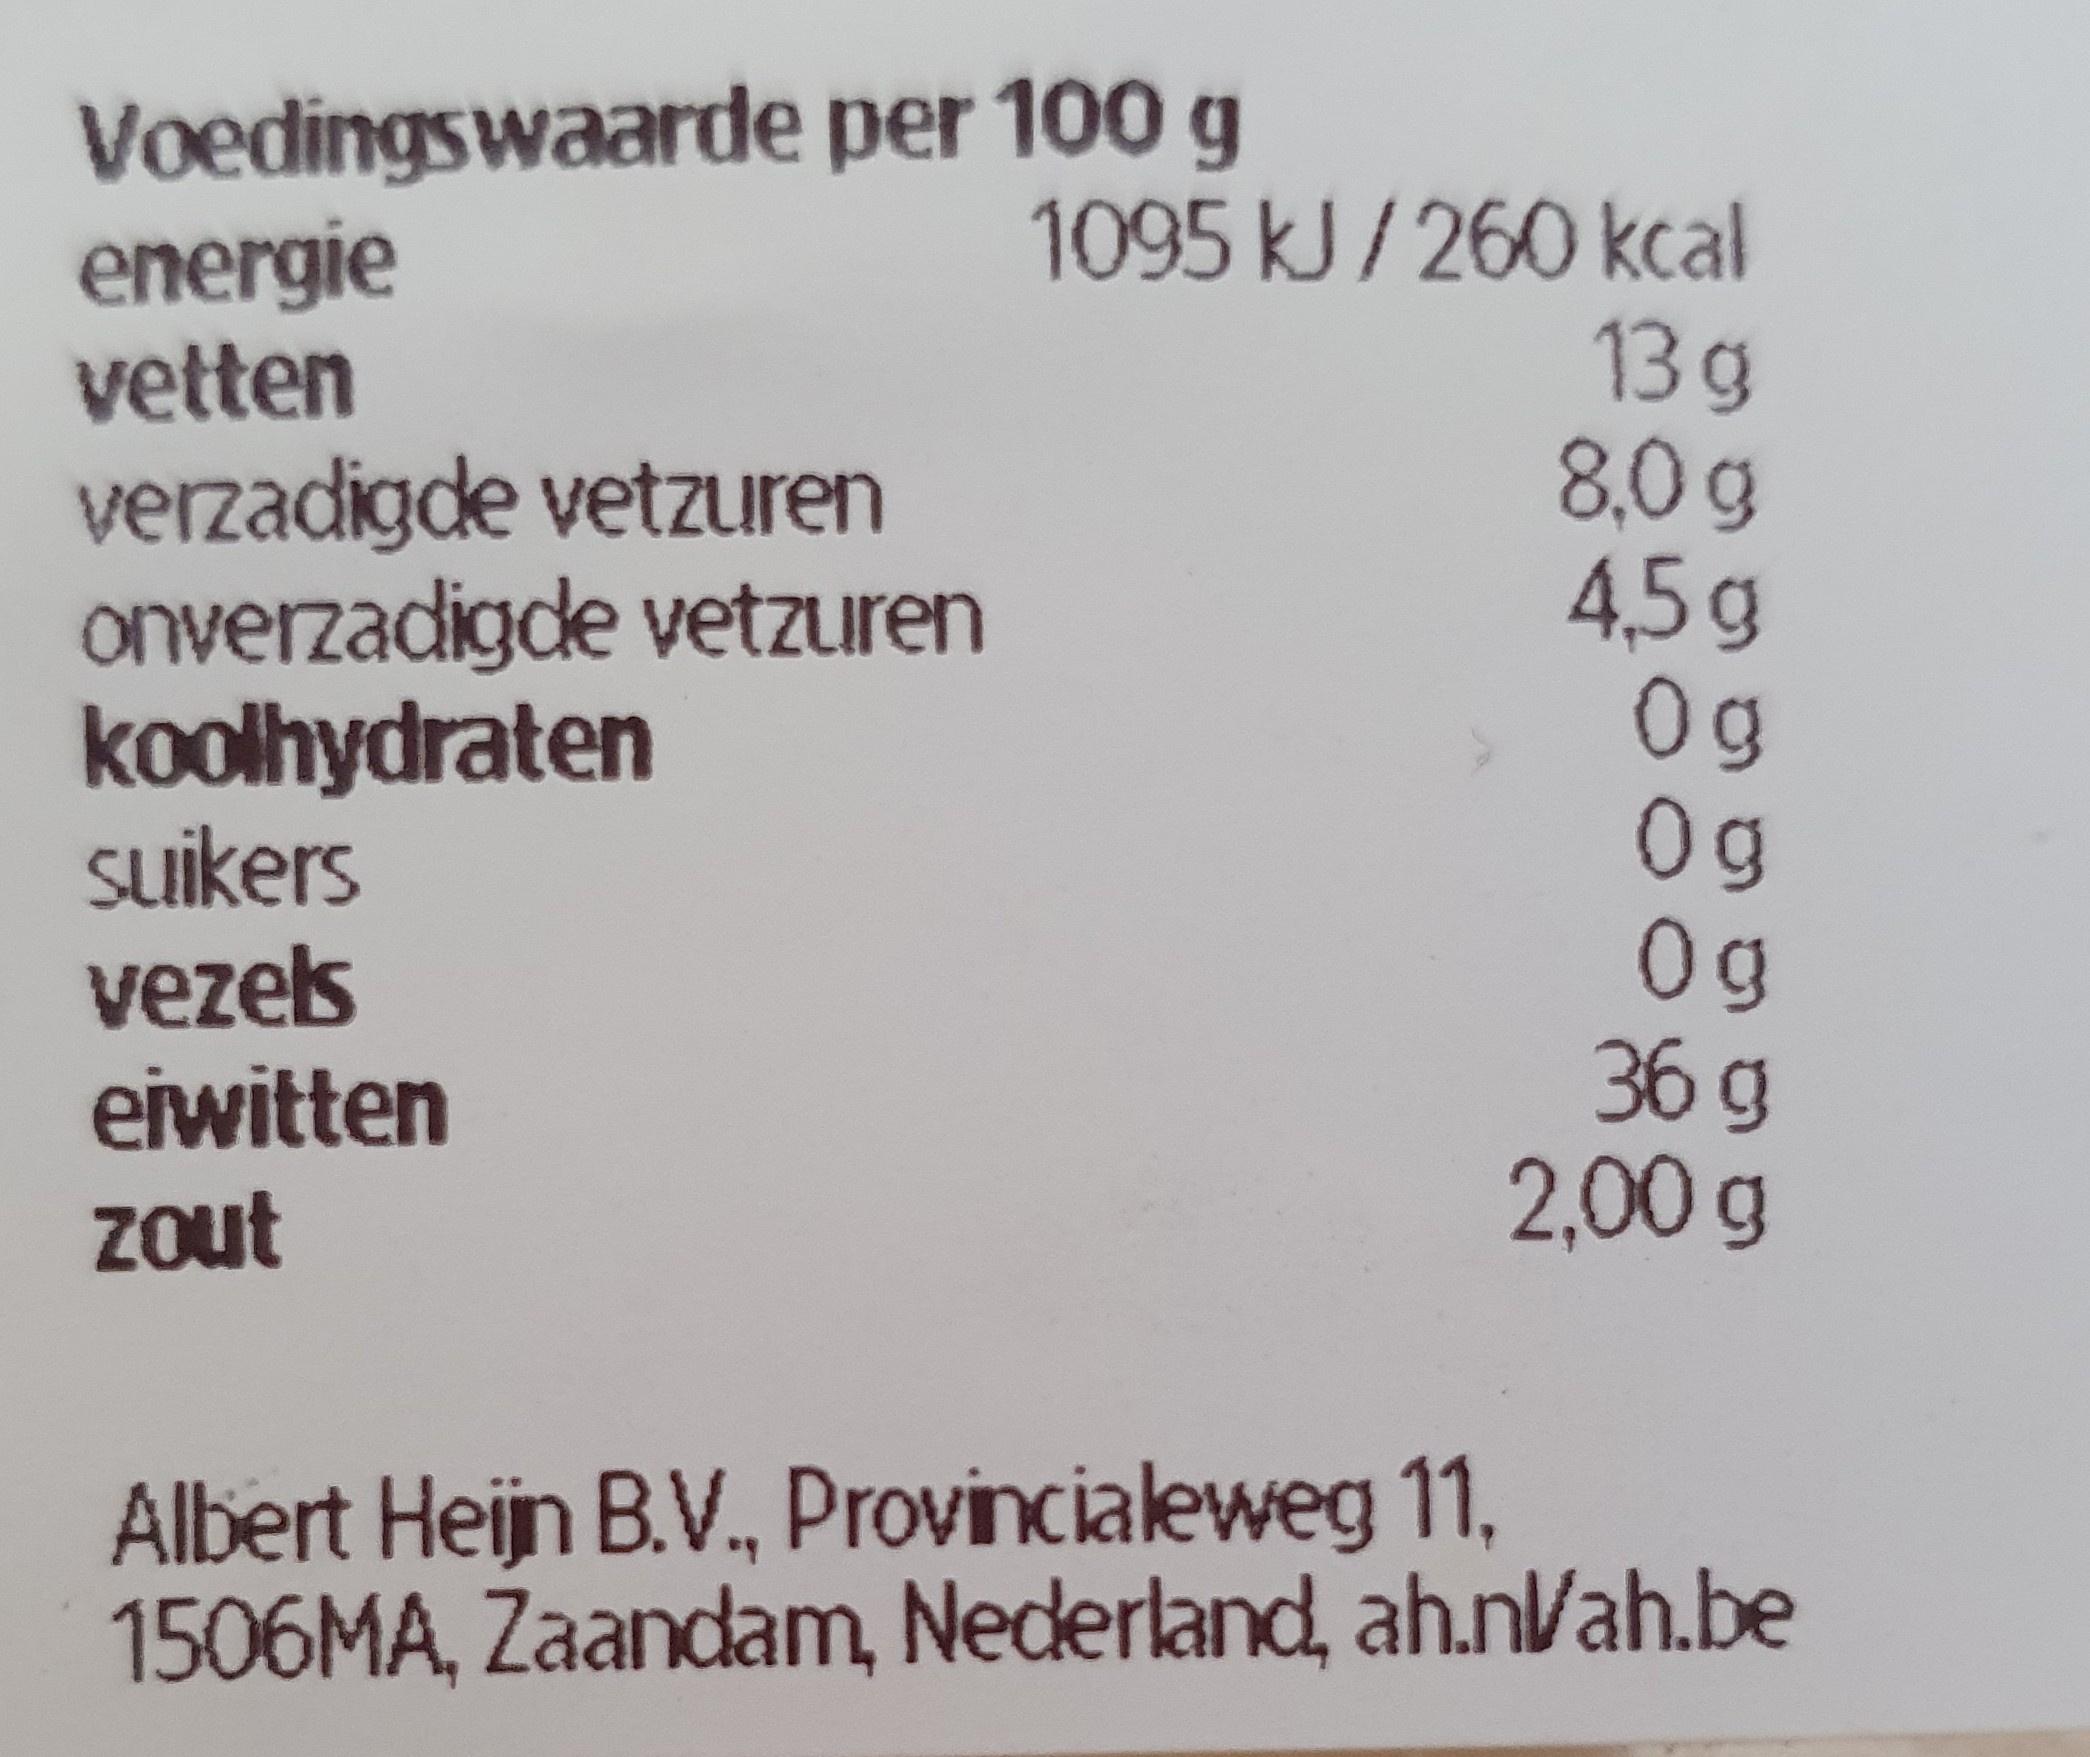
Voedingswaarde per 100 g energie vetten
1095 kJ/260 kcal
verzadigde vetzuren onverzadigde vetzuren koolhydraten suikers vezels eiwitten
13g 8,0g 4,5g 0g 0g 0g 36 g 2,00 g
zout
Albert Heijn B.V., Provincialeweg 11, 1506MA, Zaandam, Nederland, ah.n/ah.be